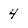
Character: 4